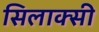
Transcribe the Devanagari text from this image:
सिलाक्सी